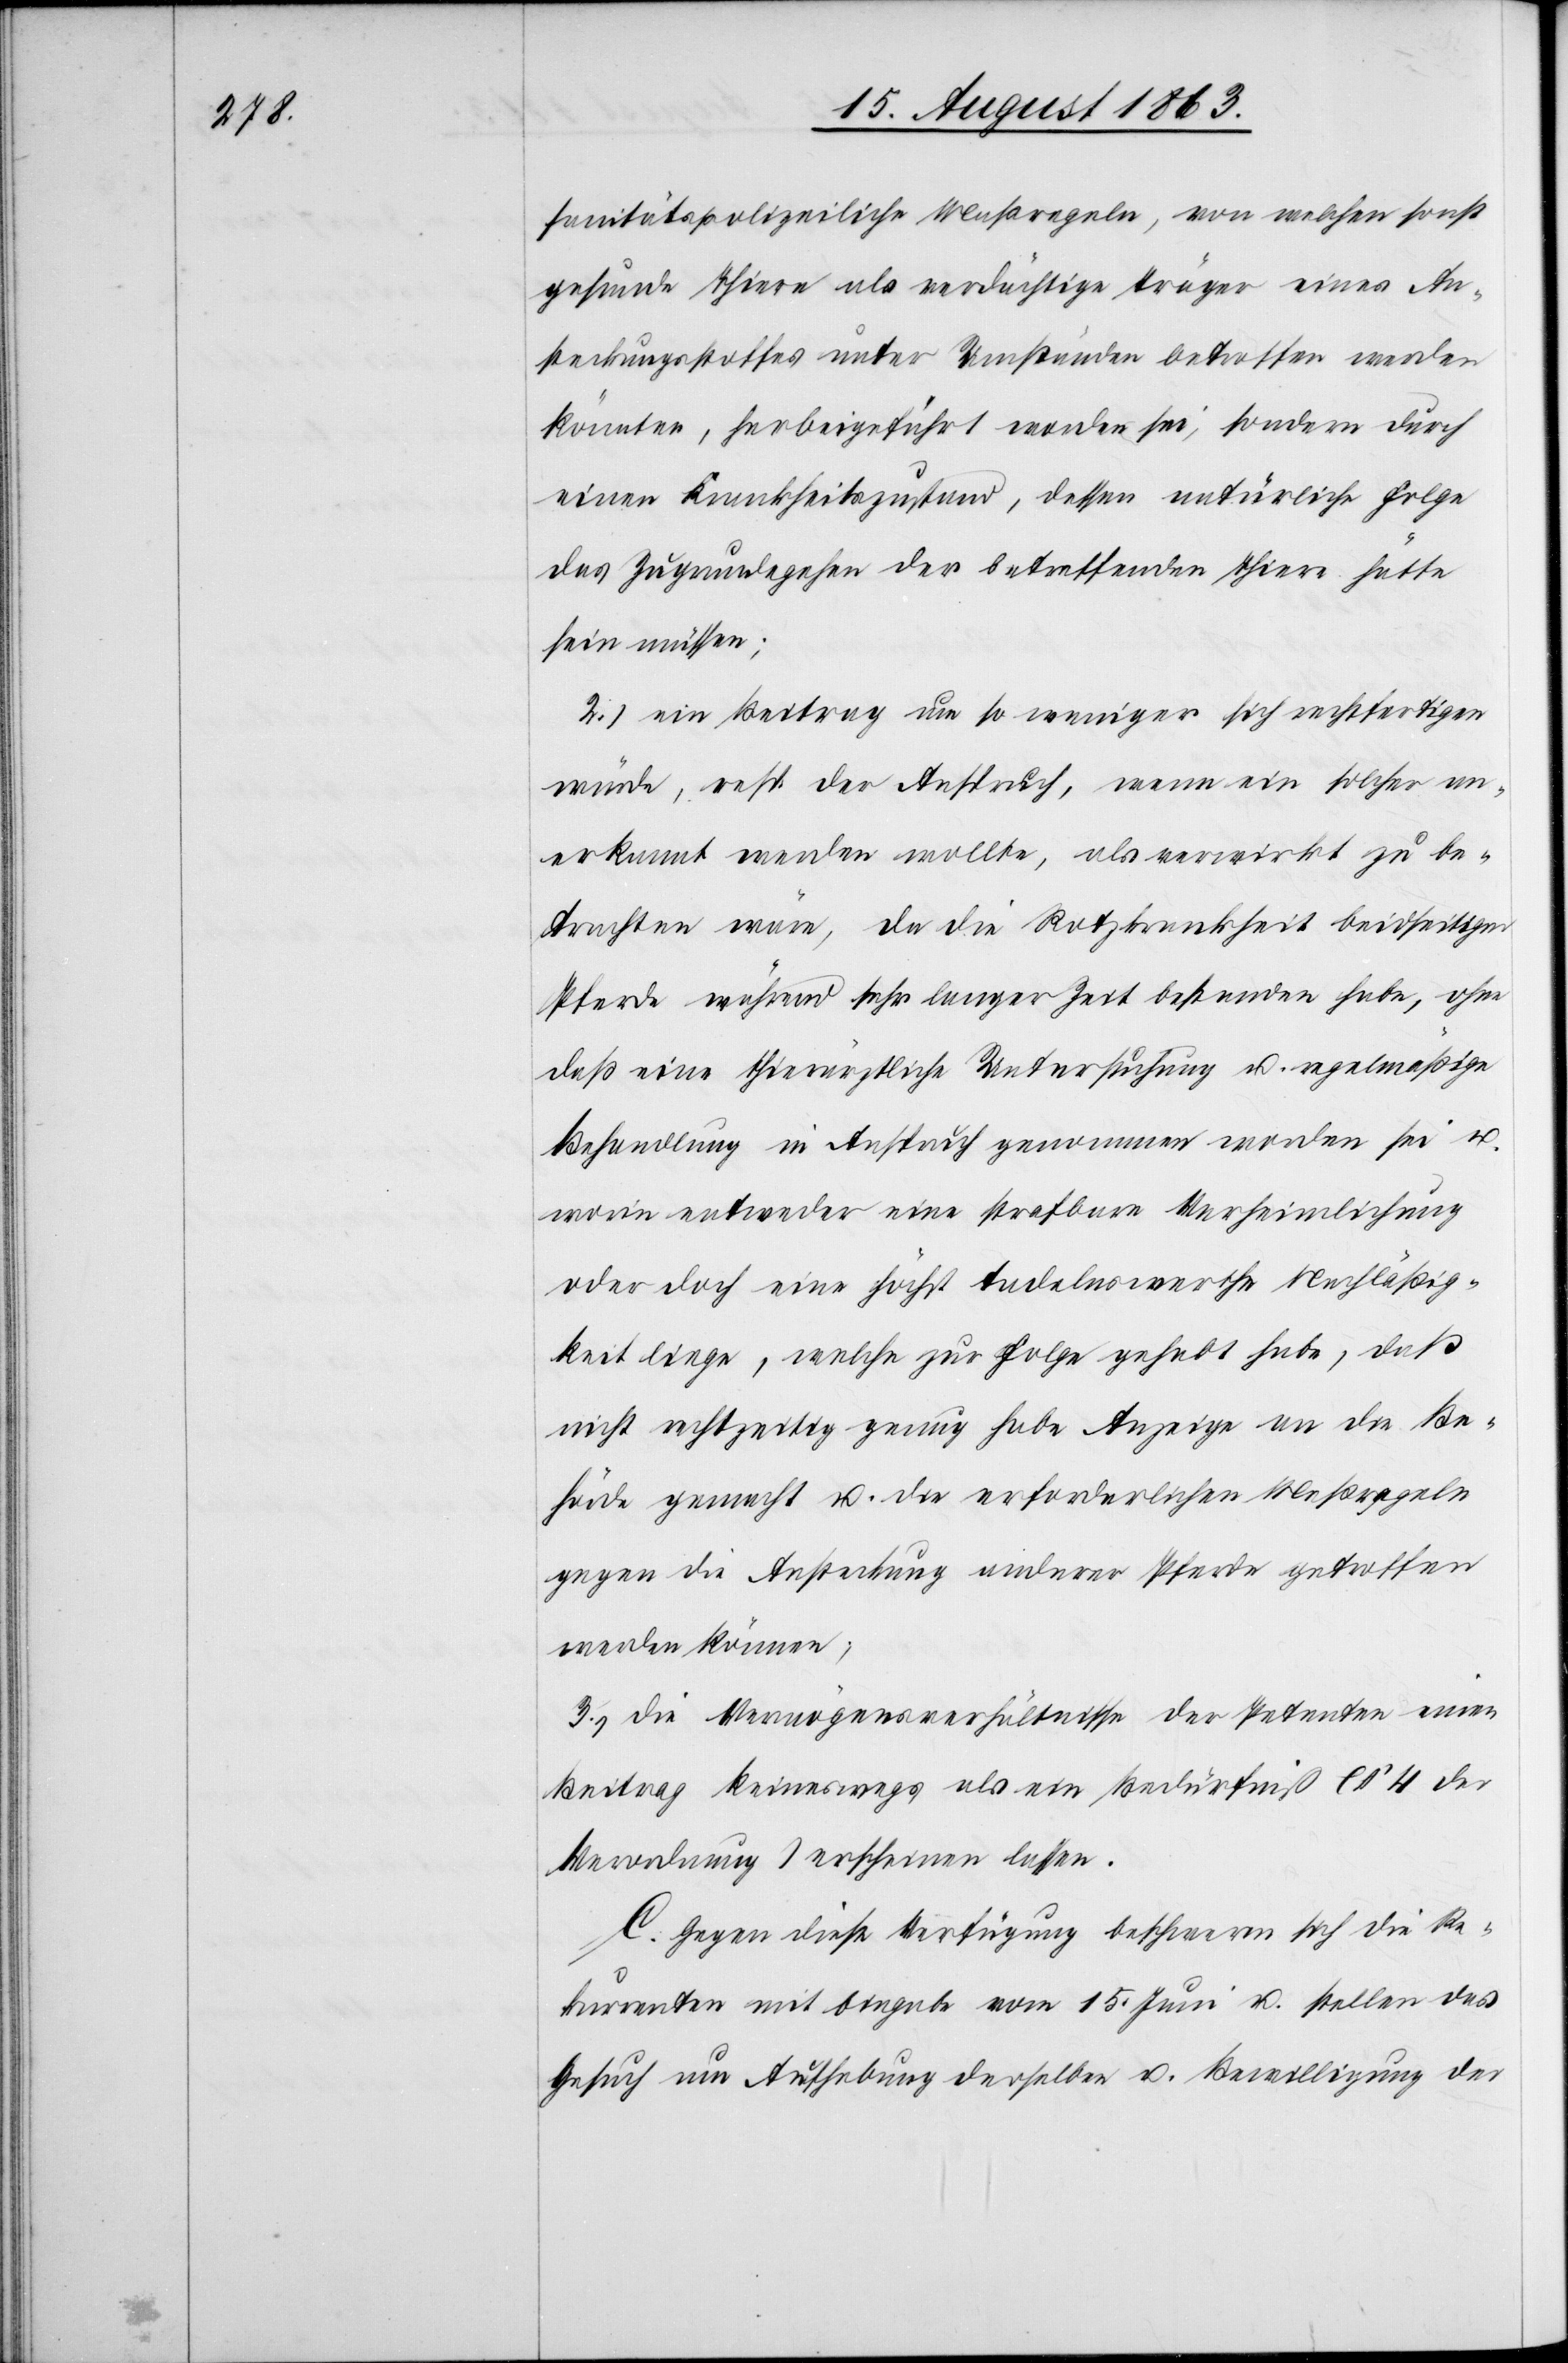
sanitätspolizeiliche Maßregeln, von welchen sonst
gesunde Thiere als verdächtige Träger eines An¬
steckungsstoffes unter Umständen betroffen werden
könnten, herbeigeführt worden sei, sondern durch
einen Krankheitszustand, dessen natürliche Folge
das Zugrundegehen der betreffenden Thiere hätte
sein müssen;
2.) ein Beitrag um so weniger sich rechtfertigen
würde, resp. der Anspruch, wenn ein solcher an¬
erkannt werden wollte, als verwirkt zu be¬
trachten wäre, da die Rotzkrankheit beidseitiger
Pferde während sehr langer Zeit bestanden habe, ohne
daß eine thierärztliche Untersuchung u. regelmäßige
Behandlung in Anspruch genommen worden sei u.
worin entweder eine strafbare Verheimlichung
oder doch eine höchst tadelnswerthe Nachläßig¬
keit liege, welche zur Folge gehabt habe, daß
nicht rechtzeitig genug habe Anzeige an die Be¬
hörde gemacht u. die erforderlichen Maßregeln
gegen die Ansteckung anderer Pferde getroffen
werden können;
3.) die Vermögensverhältnisse der Petenten einen
Beitrag keineswegs als ein Bedürfniß (§ 4 der
Verordnung) erscheinen lassen.
C. Gegen diese Verfügung beschweren sich die Re¬
kurrenten mit Eingabe vom 15. Juni u. stellen das
Gesuch um Aufhebung derselben u. Bewilligung